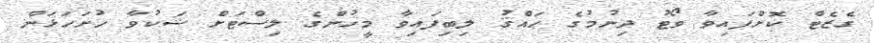
ގެޒެޓް ކޮށްފައިވާ ވޯޓު ދިނުމުގެ ޙައްޤު ލިބިފައިވާ މީހުންގެ ލިސްޓަށް ޝަކުވާ ހުށަހަޅަން